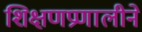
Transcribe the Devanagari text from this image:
शिक्षणप्रणालीने